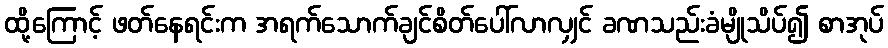
ထို့ကြောင့် ဖတ်နေရင်းက အရက်သောက်ချင်စိတ်ပေါ်လာလျှင် ခဏသည်းခံမျိုသိပ်၍ စာအုပ်